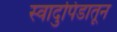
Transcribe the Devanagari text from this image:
स्वादुपिंडातून